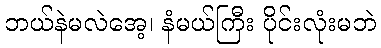
ဘယ်နဲမလဲအေ့၊ နံမယ်ကြီး ပိုင်းလုံးမဘဲ